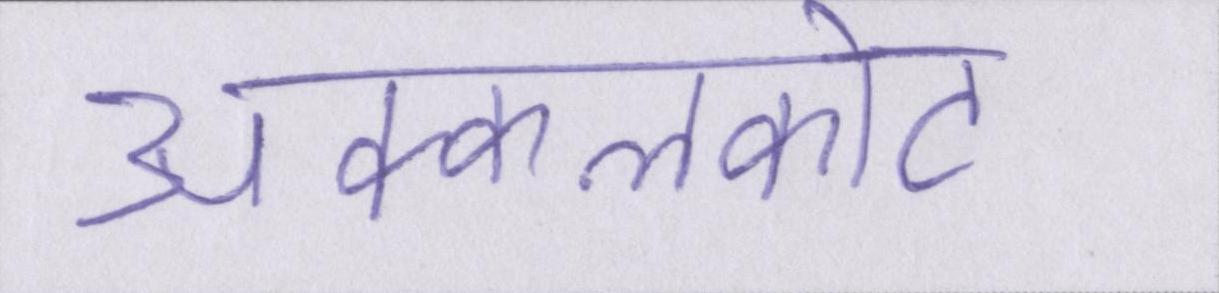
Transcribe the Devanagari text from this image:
अक्कलकोट